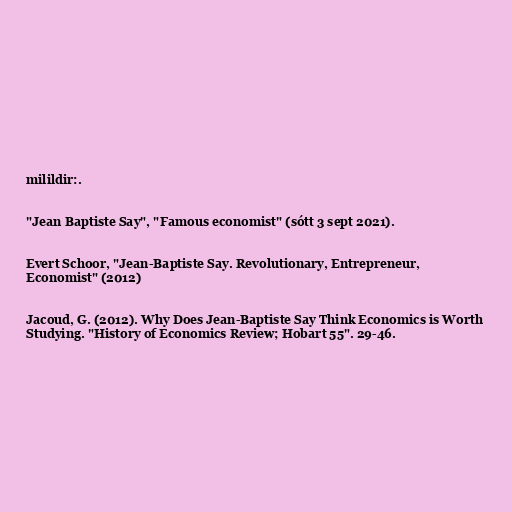
milildir:.

"Jean Baptiste Say", "Famous economist" (sótt 3 sept 2021).

Evert Schoor, "Jean-Baptiste Say. Revolutionary, Entrepreneur,
Economist" (2012)

Jacoud, G. (2012). Why Does Jean-Baptiste Say Think Economics is Worth
Studying. "History of Economics Review; Hobart 55". 29-46.